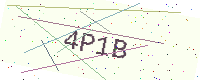
Text: 4P1B